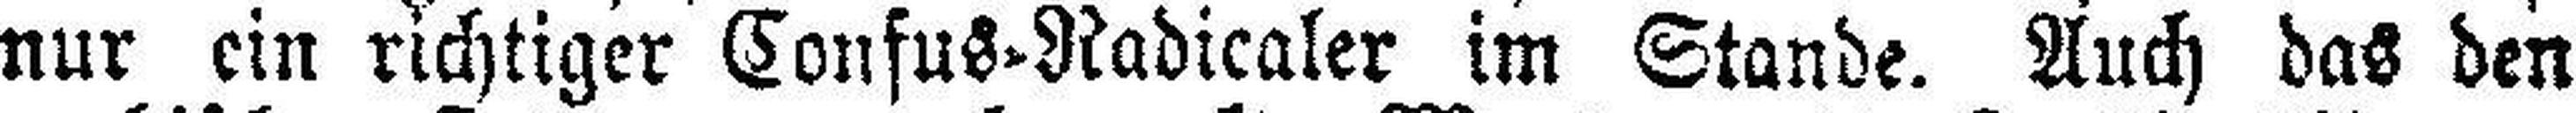
nur ein richtiger Confus=Radicaler im Stande. Auch das den